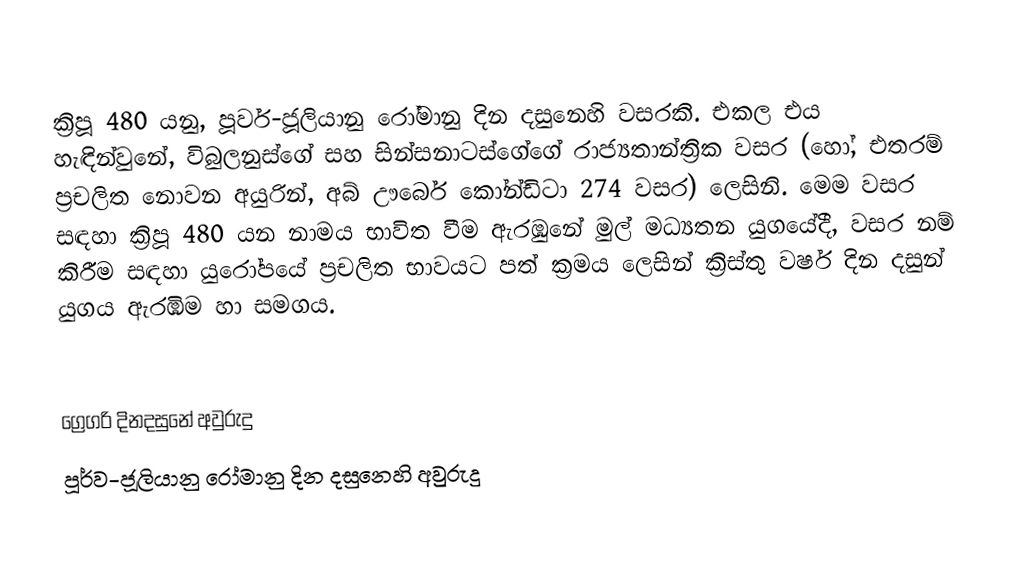

ක්‍රිපූ 480 යනු, පූර්ව-ජූලියානු රෝමානු දින දසුනෙහි වසරකි. එකල එය හැඳින්වුනේ, විබුලනුස්ගේ සහ සින්සනාටස්ගේගේ රාජ්‍යතාන්ත්‍රික වසර (හෝ, එතරම් ප්‍රචලිත නොවන අයුරින්, අබ් ඌර්බෙ කෝන්ඩිටා 274 වසර) ලෙසිනි. මෙම වසර සඳහා ක්‍රිපූ 480 යන නාමය භාවිත වීම ඇරඹුනේ මුල්  මධ්‍යතන යුගයේදී, වසර නම් කිරීම සඳහා යුරෝපයේ ප්‍රචලිත භාවයට පත් ක්‍රමය ලෙසින් ක්‍රිස්තු වර්ෂ දින දසුන් යුගය ඇරඹීම හා සමගය.

ග්‍රෙගරි දිනදසුනේ අවුරුදු
පූර්ව-ජූලියානු රෝමානු දින දසුනෙහි අවුරුදු